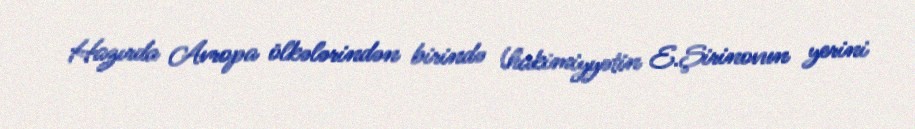
Hazırda Avropa ölkələrindən birində (hakimiyyətin E.Şirinovun yerini